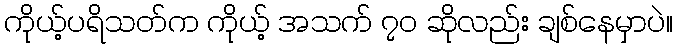
ကိုယ့်ပရိသတ်က ကိုယ့် အသက် ၇ဝ ဆိုလည်း ချစ်နေမှာပဲ။